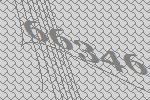
66346